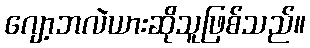
ဂျော့ဘလဲယားဆိုသူဖြစ်သည်။